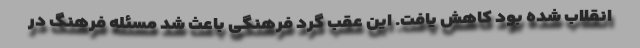
انقلاب شده بود کاهش یافت. این عقب گرد فرهنگی باعث شد مسئله فرهنگ در